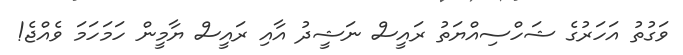
ވަގުތު އަހަރުގެ ޝަހްސިއްޔަތު ރައީސް ނަޝީދު އާއި ރައީސް ޔާމީން ހަމަހަމަ ވެއްޖެ!